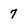
Character: 7